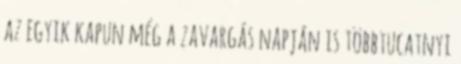
az egyik kapun még a zavargás napján is többtucatnyi